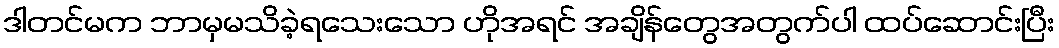
ဒါတင်မက ဘာမှမသိခဲ့ရသေးသော ဟိုအရင် အချိန်တွေအတွက်ပါ ထပ်ဆောင်းပြီး